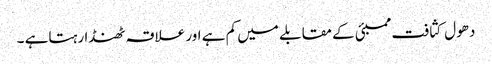
دھول کثافت ممبئی کے مقابلے میں کم ہے اور علاقہ ٹھنڈا رہتاہے ۔